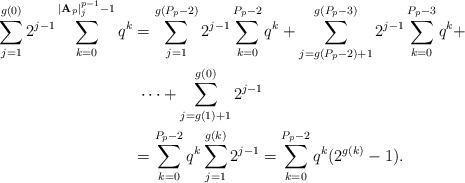
LaTeX: \begin{align*} \sum_{j=1}^{g(0)} 2^{j-1} \sum_{k=0}^{|\mathbf{A}_p|_j^{p-1}-1} q^k &= \sum_{j=1}^{g(P_p-2)} 2^{j-1} \sum_{k=0}^{P_p-2} q ^k + \sum_{j=g(P_p-2)+1}^{g(P_p-3)} 2^{j-1} \sum_{k=0}^{P_p-3} q^k + \\&~ \cdots + \sum_{j=g(1)+1}^{g(0)} 2^{j-1} \\&= \sum_{k=0}^{P_p - 2} q^k \sum_{j=1}^{g(k)} 2^{j-1} = \sum_{k=0}^{P_p - 2} q^k(2^{g(k)}-1). \end{align*}